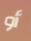
أو